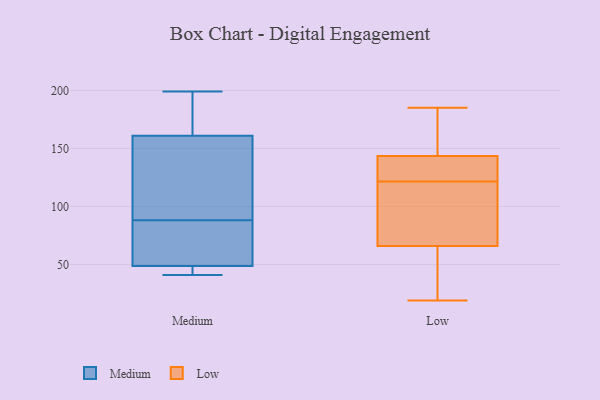
{"axis": {"x": "Net Income (USD K)", "y": "Value"}, "legend": ["Low", "Medium"], "data": [{"x": "", "y": 176, "type": "Medium"}, {"x": "", "y": 198, "type": "Medium"}, {"x": "", "y": 114, "type": "Medium"}, {"x": "", "y": 49, "type": "Medium"}, {"x": "", "y": 43, "type": "Medium"}, {"x": "", "y": 88, "type": "Medium"}, {"x": "", "y": 88, "type": "Medium"}, {"x": "", "y": 119, "type": "Medium"}, {"x": "", "y": 156, "type": "Medium"}, {"x": "", "y": 48, "type": "Medium"}, {"x": "", "y": 55, "type": "Medium"}, {"x": "", "y": 199, "type": "Medium"}, {"x": "", "y": 41, "type": "Medium"}, {"x": "", "y": 126, "type": "Low"}, {"x": "", "y": 111, "type": "Low"}, {"x": "", "y": 185, "type": "Low"}, {"x": "", "y": 117, "type": "Low"}, {"x": "", "y": 42, "type": "Low"}, {"x": "", "y": 130, "type": "Low"}, {"x": "", "y": 126, "type": "Low"}, {"x": "", "y": 137, "type": "Low"}, {"x": "", "y": 21, "type": "Low"}, {"x": "", "y": 50, "type": "Low"}, {"x": "", "y": 152, "type": "Low"}, {"x": "", "y": 156, "type": "Low"}, {"x": "", "y": 114, "type": "Low"}, {"x": "", "y": 150, "type": "Low"}, {"x": "", "y": 82, "type": "Low"}, {"x": "", "y": 19, "type": "Low"}]}